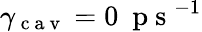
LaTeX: \gamma_{\mathrm{~c~a~v~}}=0~\mathrm{~p~s~}^{-1}